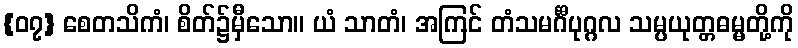
{၀၇} စေတသိကံ၊ စိတ်၌မှီသော။ ယံ သာတံ၊ အကြင် တံသမင်္ဂီပုဂ္ဂလ သမ္ပယုတ္တဓမ္မတို့ကို